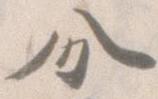
分